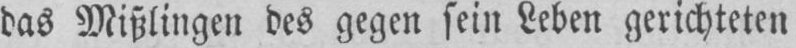
das Mißlingen des gegen sein Leben gerichteten